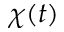
\chi ( t )